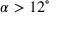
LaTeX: \alpha > 1 2 ^ { \circ }